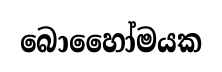
බොහෛා්මයක